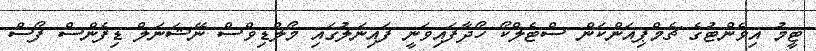
ޓީމު އިވެންޓުގެ ޗެމްޕިއަންކަން ސްޓެލްކޯ ހޯދާފައިވަނީ ފައިނަލުގައި މޯލްޑިވްސް ނޭޝަނަލް ޑިފެންސް ފޯސް